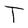
Character: T